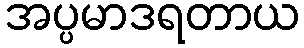
အပ္ပမာဒရတာယ